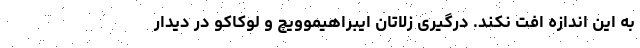
به این اندازه افت نکند. درگیری زلاتان ایبراهیموویچ و لوکاکو در دیدار